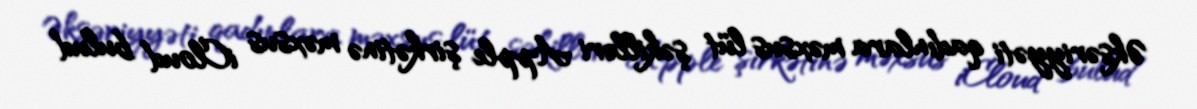
Əksəriyyəti qadınlara məxsus lüt şəkilləri Apple şirkətinə məxsus iCloud bulud